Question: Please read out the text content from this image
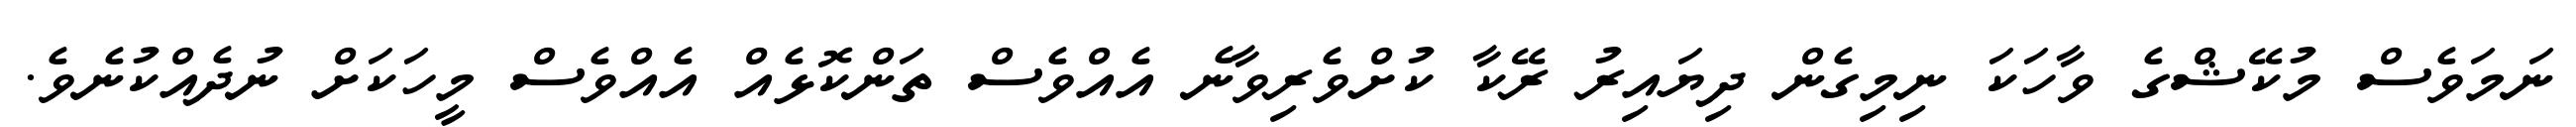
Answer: ނަމަވެސް މުކޭޝްގެ ވާހަކަ ނިމިގެން ދިޔައިރު ރޭކާ ކުށްވެރިވާނެ އެއްވެސް ތަންކޮޅެއް އެއްވެސް މީހަކަށް ނުދެއްކުނެވެ.